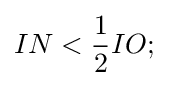
IN<{\frac {1}{2}}IO;